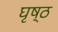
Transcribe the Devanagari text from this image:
घृष्ठ